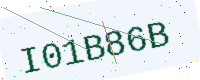
Text: I01B86B